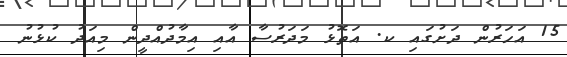
15 އަހަރުން ދަށުގައި ކ. އަތޮޅު މަދަރުސާ އާއި އިމާދުއްދީން މިއަދު ކުޅުނު